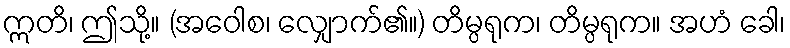
ဣတိ၊ ဤသို့။ (အဝေါစ၊ လျှောက်၏။) တိမ္ပရုက၊ တိမ္ပရုက။ အဟံ ခေါ၊